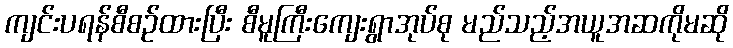
ကျင်းပရန်စီစဉ်ထားပြီး စီမူကြီးကျေးရွာအုပ်စု မည်သည့်အယူအဆကိုမဆို